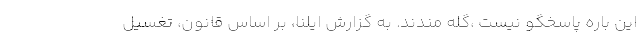
این باره پاسخگو نیست ،گله مندند. به گزارش ایلنا، بر اساس قانون، تغسیل